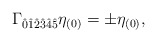
\begin{align*}\Gamma_{\hat{0}\hat{1}\hat{2}\hat{3}\hat{4}\hat{5}}\eta_{(0)}=\pm \eta_{(0)},\end{align*}